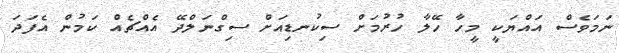
ނަމަވެސް އައްޔަކީ މީހާ ހޭލާ ހުރުމަށް ސިކުނޑިއަށް ސިގްނަލްދޭ އެއްޗެއް ކަމުން އެފަދަ